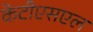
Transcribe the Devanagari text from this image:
केटीएसएल